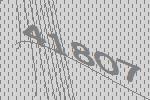
41807